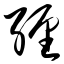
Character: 缠